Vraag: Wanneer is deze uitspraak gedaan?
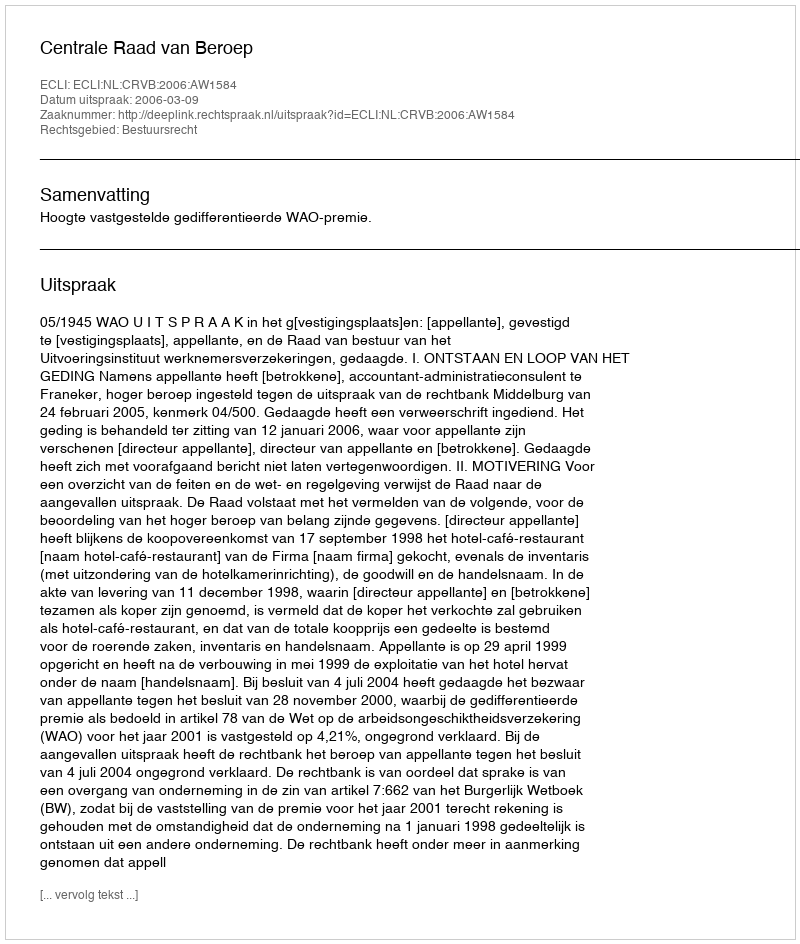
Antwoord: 2006-03-09